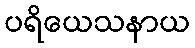
ပရိယေသနာယ